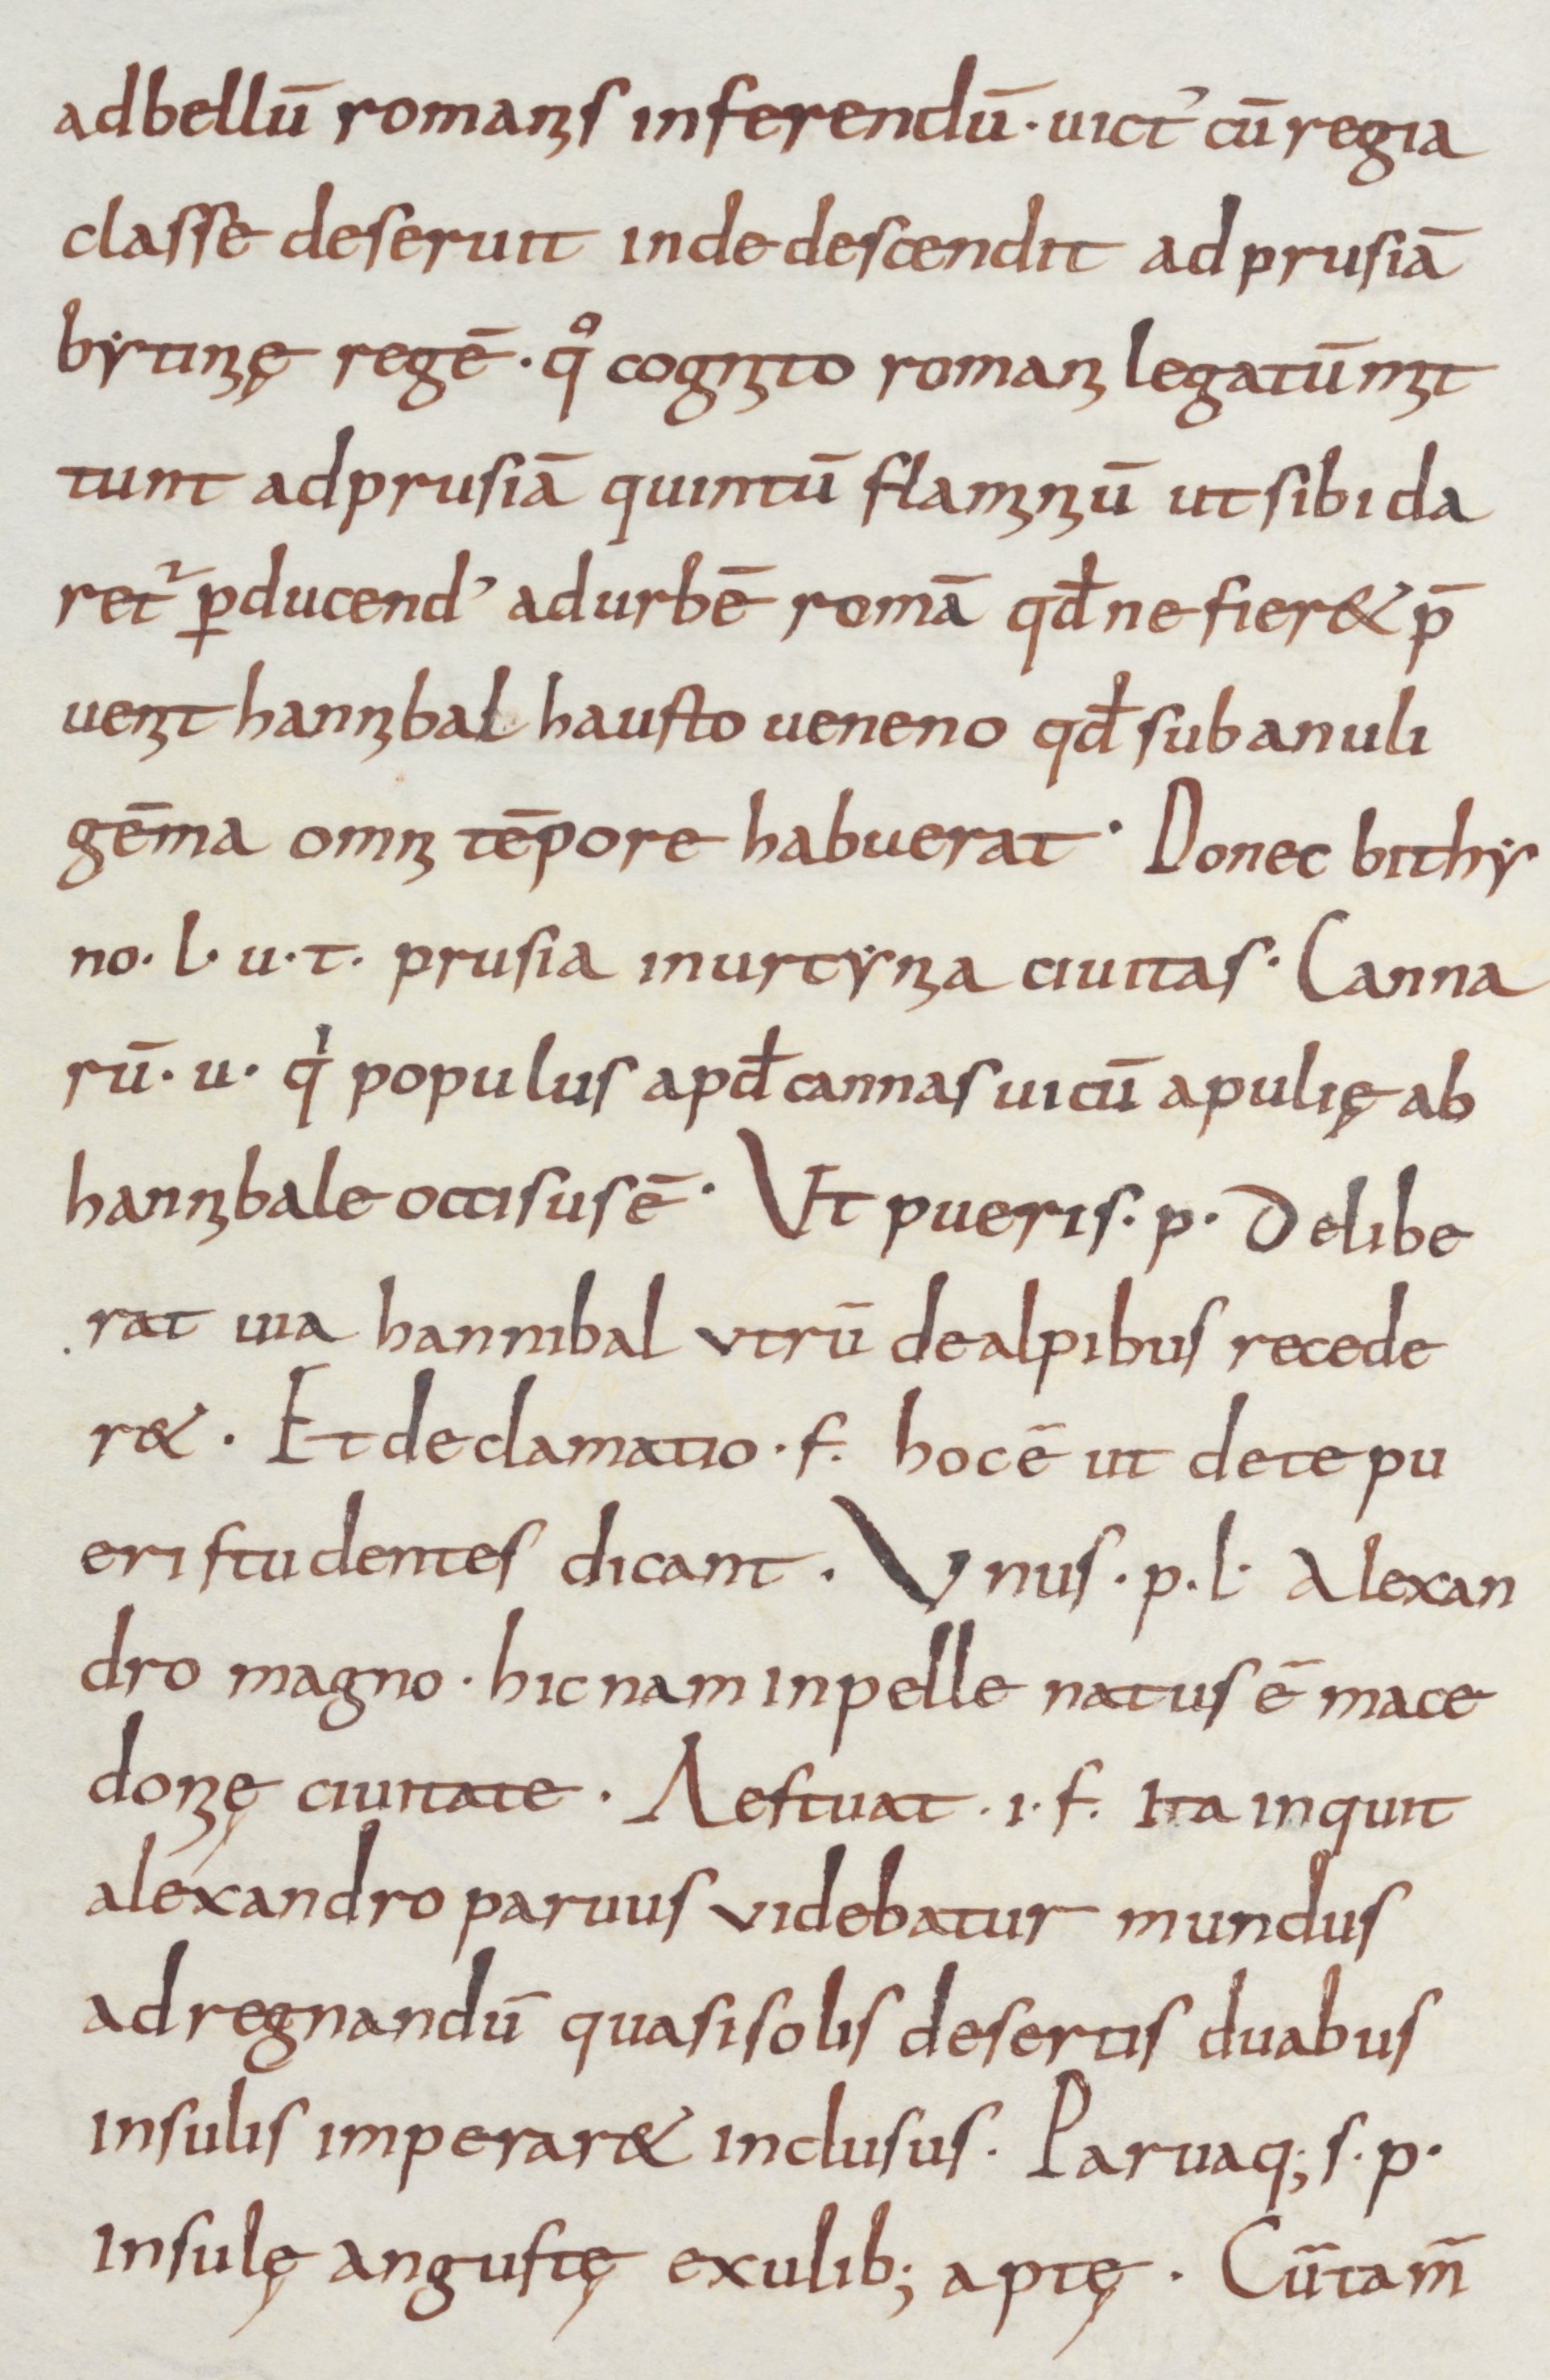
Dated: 800–899